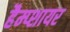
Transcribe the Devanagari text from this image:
हैम्प्शायर